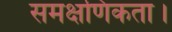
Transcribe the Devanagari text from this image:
समक्षणिकता।